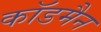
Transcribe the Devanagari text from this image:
कॉडमैन